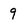
Character: 9